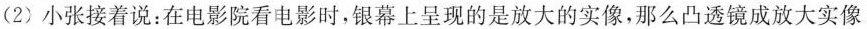
(2)小张接着说：在电影院看电影时，银幕上呈现的是放大的实像，那么凸透镜成放大实像